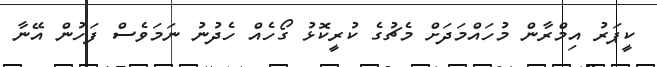
ކީޕަރު އިމްރާން މުހައްމަދަށް މެޗުގެ ކުރީކޮޅު ގޯހެއް ހެދުނު ނަމަވެސް ފަހުން އޭނާ